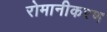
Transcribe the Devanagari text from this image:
रोमानीकरण